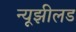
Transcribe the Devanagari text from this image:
न्यूझीलड